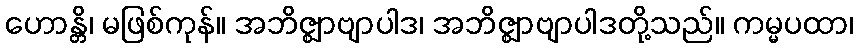
ဟောန္တိ၊ မဖြစ်ကုန်။ အဘိဇ္ဈာဗျာပါဒ၊ အဘိဇ္ဈာဗျာပါဒတို့သည်။ ကမ္မပထာ၊